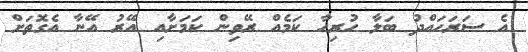
އެ ސަރަހައްދު ބަލާ ހުރިހާ ކަމެއް ރޭވިން ކަމަށާއި އޭރު އޭނާ އެގޮތަށް